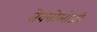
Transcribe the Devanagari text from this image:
तेक्नोलोजी